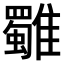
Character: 𩁍